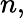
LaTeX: n,